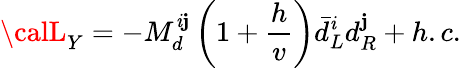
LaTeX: {\calL}_{Y}=-M_{d}^{\mathit{i}\mathbf{j}}\left(1+\frac{{h}}{{v}}\right)\bar{{d}}_{L}^{\mathit{i}}d_{R}^{\mathbf{j}}+h.c.